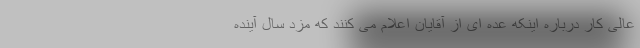
عالی کار درباره اینکه عده ای از آقایان اعلام می کنند که مزد سال آینده